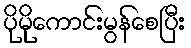
ပိုမိုကောင်းမွန်စေပြီး